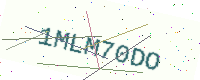
Text: 1MLM70DO